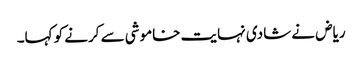
ریاض نے شادی نہایت خاموشی سے کرنے کو کہا۔